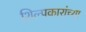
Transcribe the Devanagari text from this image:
शिल्पकारांच्या